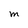
Character: M